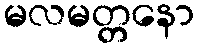
မလမတ္တနော